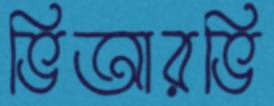
ভিআরভি